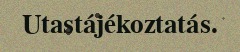
Utastájékoztatás.